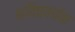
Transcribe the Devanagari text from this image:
शक्‍तिवर्धक